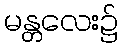
မန္တလေး၌